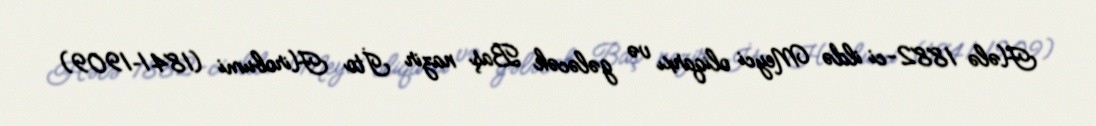
Hələ 1882-ci ildə Meyci oliqarxı və gələcək Baş nazir İto Hirobumi (1841–1909)